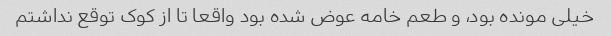
خیلی مونده بود، و طعم خامه عوض شده بود واقعا تا از کوک توقع نداشتم